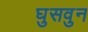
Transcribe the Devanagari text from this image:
घुसवुन